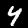
Digit: 4